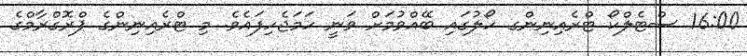
16:00 ސްޓެލްކޯ ޓްރެއިނިންގ ހޯލުގައި ބޭއްވުމަށް ވަނީ ހަމަޖެހިފައެވެ. މި ޓްރެއިނިންގެ ޕްރޮގްރާމްގެ